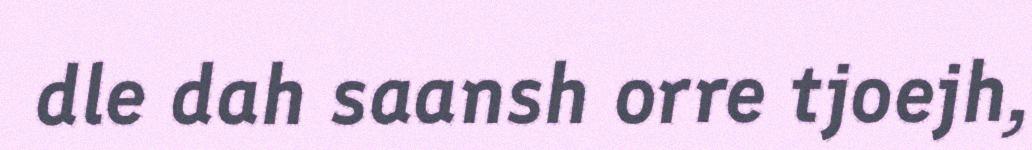
dle dah saansh orre tjoejh,